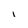
Character: i